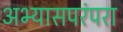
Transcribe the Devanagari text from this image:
अभ्यासपरंपरा